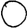
Digit: 0